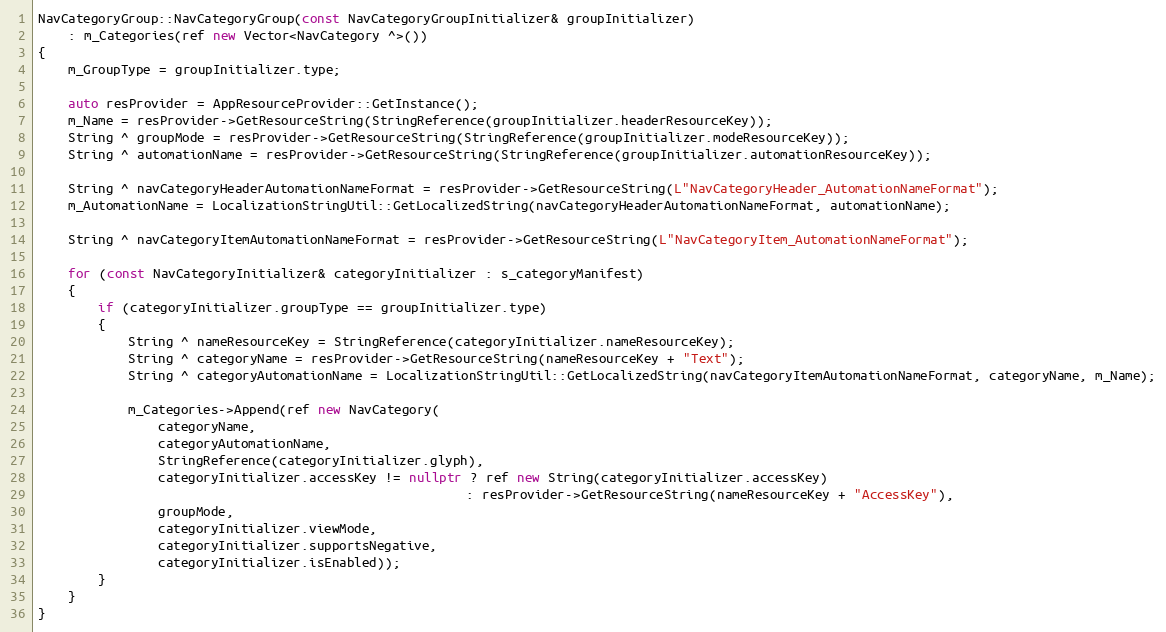
Language: C++
NavCategoryGroup::NavCategoryGroup(const NavCategoryGroupInitializer& groupInitializer)
    : m_Categories(ref new Vector<NavCategory ^>())
{
    m_GroupType = groupInitializer.type;

    auto resProvider = AppResourceProvider::GetInstance();
    m_Name = resProvider->GetResourceString(StringReference(groupInitializer.headerResourceKey));
    String ^ groupMode = resProvider->GetResourceString(StringReference(groupInitializer.modeResourceKey));
    String ^ automationName = resProvider->GetResourceString(StringReference(groupInitializer.automationResourceKey));

    String ^ navCategoryHeaderAutomationNameFormat = resProvider->GetResourceString(L"NavCategoryHeader_AutomationNameFormat");
    m_AutomationName = LocalizationStringUtil::GetLocalizedString(navCategoryHeaderAutomationNameFormat, automationName);

    String ^ navCategoryItemAutomationNameFormat = resProvider->GetResourceString(L"NavCategoryItem_AutomationNameFormat");

    for (const NavCategoryInitializer& categoryInitializer : s_categoryManifest)
    {
        if (categoryInitializer.groupType == groupInitializer.type)
        {
            String ^ nameResourceKey = StringReference(categoryInitializer.nameResourceKey);
            String ^ categoryName = resProvider->GetResourceString(nameResourceKey + "Text");
            String ^ categoryAutomationName = LocalizationStringUtil::GetLocalizedString(navCategoryItemAutomationNameFormat, categoryName, m_Name);

            m_Categories->Append(ref new NavCategory(
                categoryName,
                categoryAutomationName,
                StringReference(categoryInitializer.glyph),
                categoryInitializer.accessKey != nullptr ? ref new String(categoryInitializer.accessKey)
                                                         : resProvider->GetResourceString(nameResourceKey + "AccessKey"),
                groupMode,
                categoryInitializer.viewMode,
                categoryInitializer.supportsNegative,
                categoryInitializer.isEnabled));
        }
    }
}